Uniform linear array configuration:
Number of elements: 12
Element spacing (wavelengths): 0.75
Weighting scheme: exponential
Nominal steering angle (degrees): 60
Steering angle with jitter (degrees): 59.61
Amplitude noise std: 0.05
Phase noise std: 0.05

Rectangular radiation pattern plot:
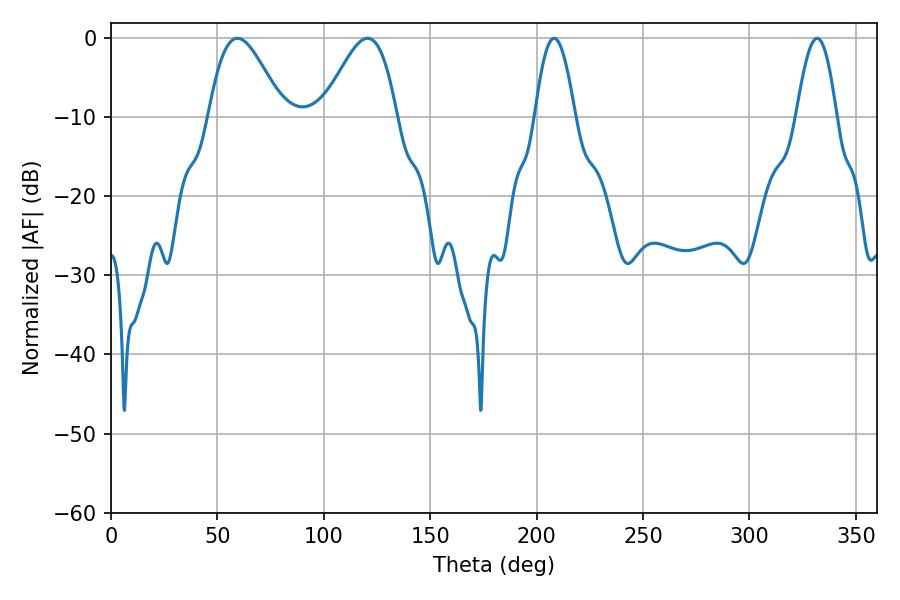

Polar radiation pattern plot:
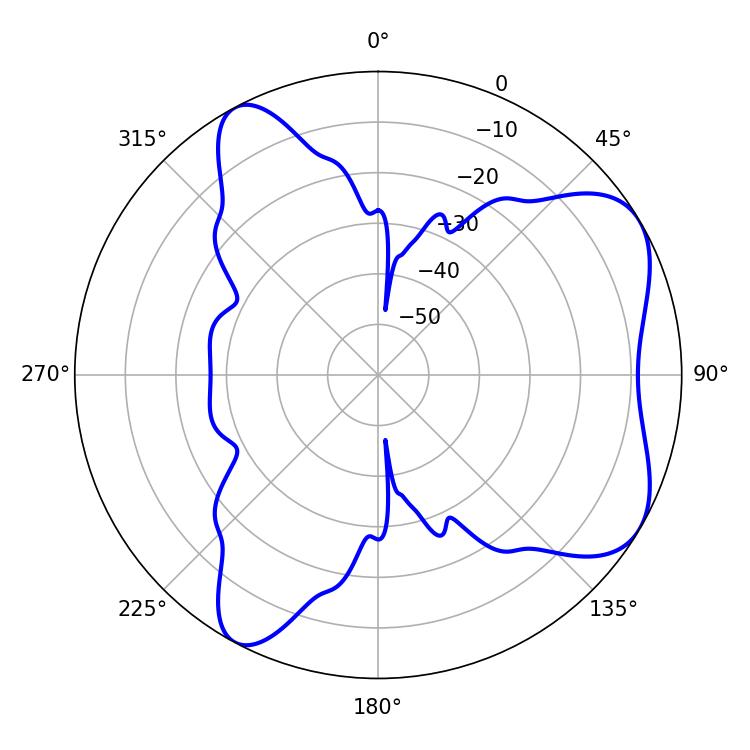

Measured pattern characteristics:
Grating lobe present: TRUE
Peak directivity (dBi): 6.276
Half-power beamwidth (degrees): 18.54
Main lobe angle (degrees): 59.4